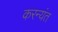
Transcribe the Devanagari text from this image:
करन्यंत